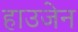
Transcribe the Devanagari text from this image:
हाउजेन